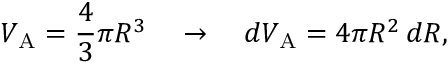
V _ { \mathrm { { A } } } = { \frac { 4 } { 3 } } \pi R ^ { 3 } \quad \rightarrow \quad d V _ { \mathrm { { A } } } = 4 \pi R ^ { 2 } \, d R ,